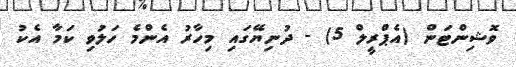
ވޮޝިންޓަން (އެޕްރީލް 5) - ދުނިޔޭގައި މިހާރު އެންމެ ހަލުވި ކަމާ އެކު